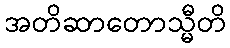
အတိဆာတောသ္မီတိ